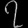
Digit: ၇